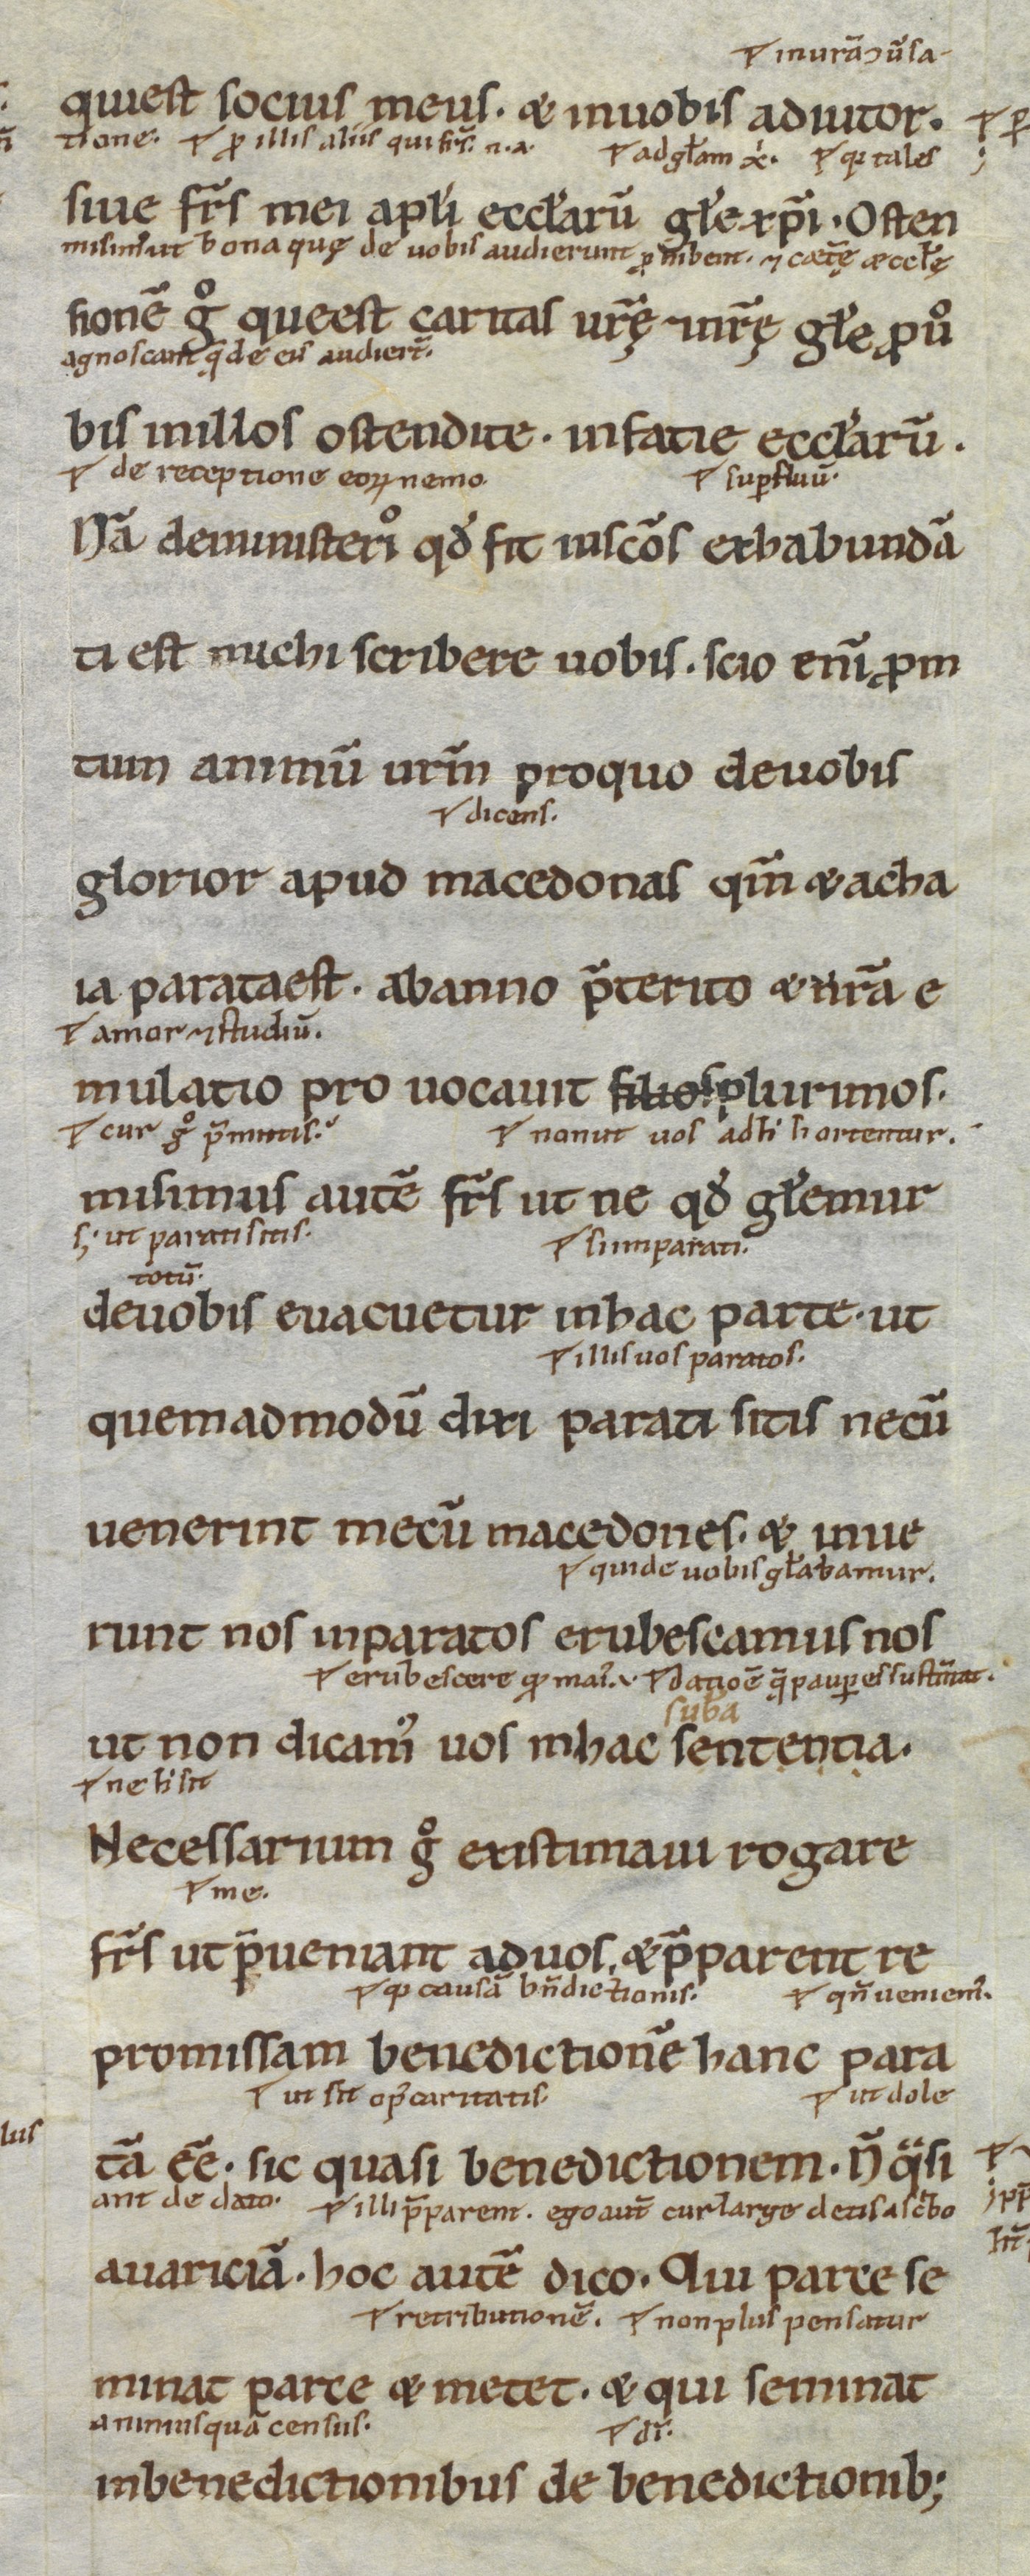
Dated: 1100–1199